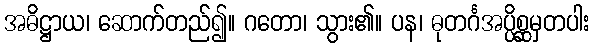
အဓိဋ္ဌာယ၊ ဆောက်တည်၍။ ဂတော၊ သွား၏။ ပန၊ ဓုတင်္ဂအပ္ပိစ္ဆမှတပါး